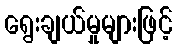
ရွေးချယ်မှုများဖြင့်